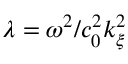
\lambda = \omega ^ { 2 } / c _ { 0 } ^ { 2 } k _ { \xi } ^ { 2 }